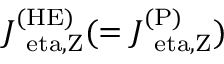
J _ { \mathrm { \ e t a , Z } } ^ { \mathrm { ( H E ) } } ( = J _ { \mathrm { \ e t a , Z } } ^ { \mathrm { ( P ) } } )